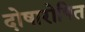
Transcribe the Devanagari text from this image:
दोषारोपित